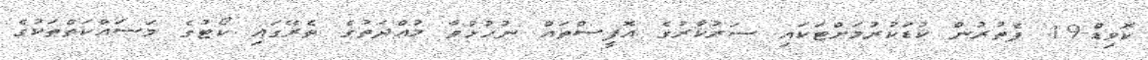
ކޮވިޑް-19 ފެތުރުން ކުޑަކުރުމަށްޓަކައި ސަރުކާރުގެ އޮފީސްތައް ނުހުޅުވާ މުއްދަތުގެ ތެރޭގައި ކޯޓުގެ މަސައްކަތްތަކުގެ